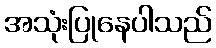
အသုံးပြုနေပါသည်